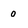
Character: 0